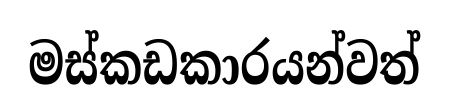
මස්කඩකාරයන්වත්